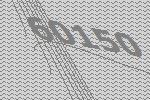
60150